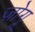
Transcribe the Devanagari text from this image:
ज़ोगू